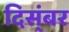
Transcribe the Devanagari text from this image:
दिस्ंबर